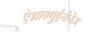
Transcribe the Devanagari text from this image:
एंथ्राक्युईनोनेज़